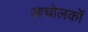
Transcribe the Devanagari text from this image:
आचोलकों